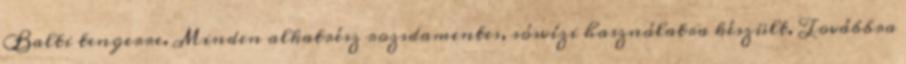
Balti tengerre. Minden alkatrész rozsdamentes, sósvízi használatra készült. Továbbra